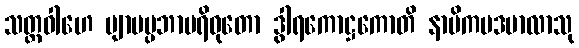
သတ္ထဝါဟေ ဗျာမပ္ပဘာပရိဝုတော ဒွါရကောဋ္ဌကောတိ နာမိကပဒမာလာသု